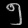
Digit: ၅